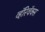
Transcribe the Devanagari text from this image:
व्हॅरिवॅक्स